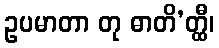
ဥပမာတာ တု ဓာတိ’တ္ထီ၊